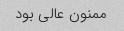
ممنون عالی بود